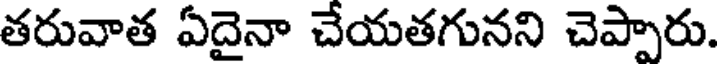
తరువాత ఏదైనా చేయతగునని చెప్పారు.